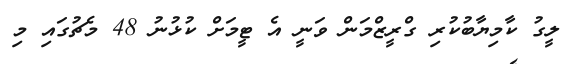
ލީގު ކާމިޔާބުކުރި ގްރީޒްމަން ވަނީ އެ ޓީމަށް ކުޅުނު 48 މެޗުގައި މި